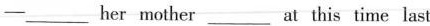
—______her mother ______at this time last